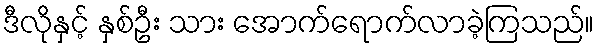
ဒီလိုနှင့် နှစ်ဦး သား အောက်ရောက်လာခဲ့ကြသည်။